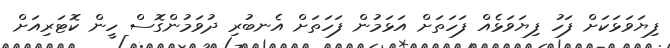
ފިޔަވަޅަކަށް ފަހު ފިޔަވަޅެއް ފަހަތަށް އަޅަމުން ފަހަތަށް އެނބުރި ދުވަމުންގޮސް ހީން ކޮޓަރިއަށް